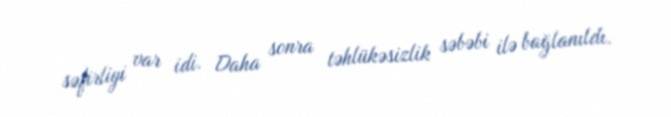
səfirliyi var idi. Daha sonra təhlükəsizlik səbəbi ilə bağlanıldı.